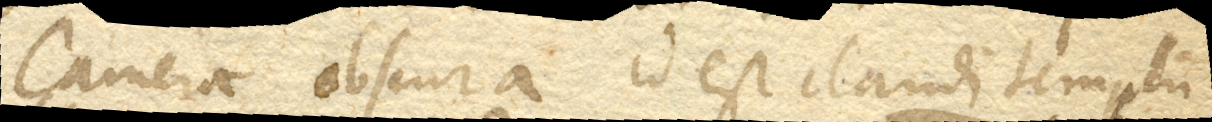
Camera obscura id est claudi templum